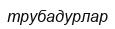
трубадурлар